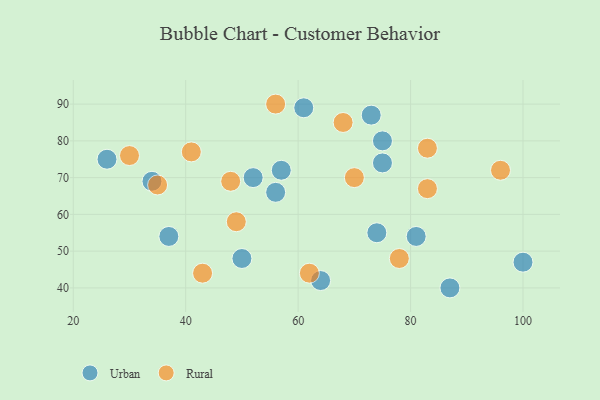
{"axis": {"x": "GDP", "y": "Life Expectancy"}, "legend": ["Rural", "Urban"], "data": [{"x": "57", "y": 72, "type": "Urban"}, {"x": "87", "y": 40, "type": "Urban"}, {"x": "26", "y": 75, "type": "Urban"}, {"x": "75", "y": 74, "type": "Urban"}, {"x": "100", "y": 47, "type": "Urban"}, {"x": "81", "y": 54, "type": "Urban"}, {"x": "74", "y": 55, "type": "Urban"}, {"x": "34", "y": 69, "type": "Urban"}, {"x": "75", "y": 80, "type": "Urban"}, {"x": "61", "y": 89, "type": "Urban"}, {"x": "52", "y": 70, "type": "Urban"}, {"x": "56", "y": 66, "type": "Urban"}, {"x": "50", "y": 48, "type": "Urban"}, {"x": "73", "y": 87, "type": "Urban"}, {"x": "64", "y": 42, "type": "Urban"}, {"x": "37", "y": 54, "type": "Urban"}, {"x": "30", "y": 76, "type": "Rural"}, {"x": "62", "y": 44, "type": "Rural"}, {"x": "43", "y": 44, "type": "Rural"}, {"x": "41", "y": 77, "type": "Rural"}, {"x": "96", "y": 72, "type": "Rural"}, {"x": "78", "y": 48, "type": "Rural"}, {"x": "70", "y": 70, "type": "Rural"}, {"x": "83", "y": 78, "type": "Rural"}, {"x": "48", "y": 69, "type": "Rural"}, {"x": "68", "y": 85, "type": "Rural"}, {"x": "56", "y": 90, "type": "Rural"}, {"x": "83", "y": 67, "type": "Rural"}, {"x": "49", "y": 58, "type": "Rural"}, {"x": "35", "y": 68, "type": "Rural"}]}